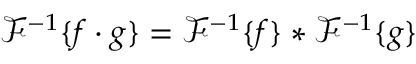
{ \mathcal { F } } ^ { - 1 } \{ f \cdot g \} = { \mathcal { F } } ^ { - 1 } \{ f \} * { \mathcal { F } } ^ { - 1 } \{ g \}